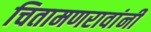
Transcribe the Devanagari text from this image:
चितामणरावांनी